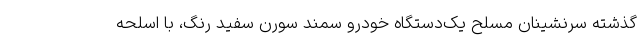
گذشته سرنشینان مسلح یک‌دستگاه خودرو سمند سورن سفید رنگ، با اسلحه